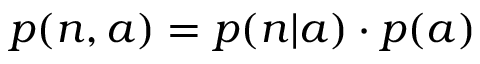
p ( n , a ) = p ( n | a ) \cdot p ( a )